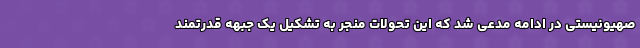
صهیونیستی در ادامه مدعی شد که این تحولات منجر به تشکیل یک جبهه قدرتمند